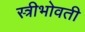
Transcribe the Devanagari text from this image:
स्त्रीभोवती